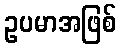
ဥပမာအဖြစ်